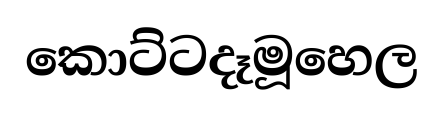
කොට්ටදෑමූහෙල